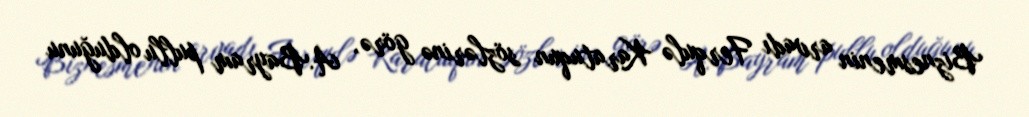
Biznesmenin arvadı Ferqulə Karatuqun sözlərinə görə, A.Bayram pullu olduğunu